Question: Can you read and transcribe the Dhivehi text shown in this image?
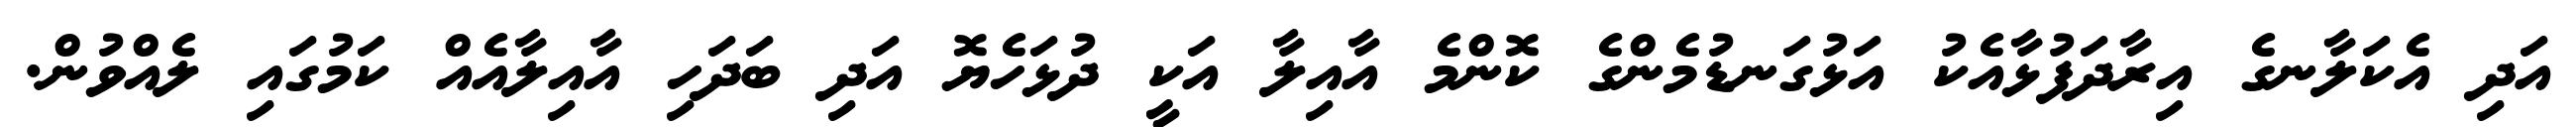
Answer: އަދި އެކަލާނގެ އިރާދަފުޅާއެކު އަޅުގަނޑުމެންގެ ކޮންމެ އާއިލާ އަކީ ދުޅަހެޔޮ އަދި ބަދަހި އާއިލާއެއް ކަމުގައި ލެއްވުން.